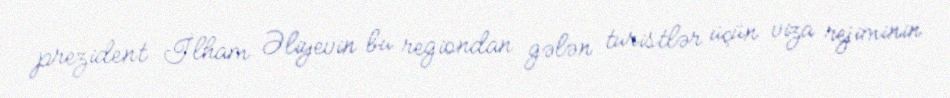
prezident İlham Əliyevin bu regiondan gələn turistlər üçün viza rejiminin